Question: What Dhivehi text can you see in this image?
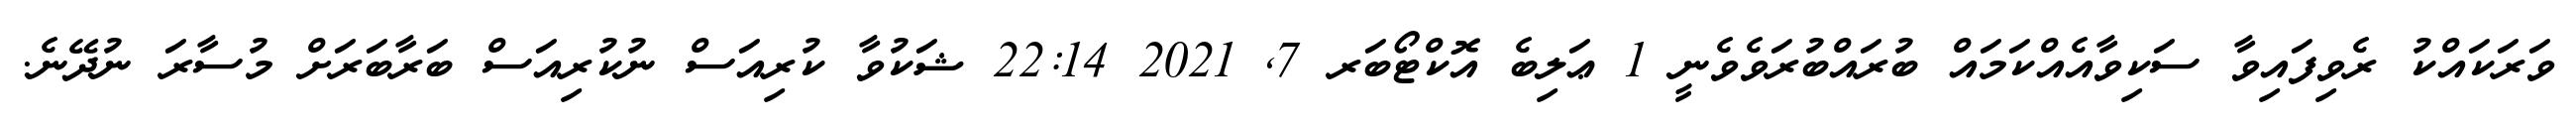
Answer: ވަރަކައްކު ރެވިފައިވާ ސަކިވާއެއްކަމައް ބުރައްބުރަވެވެނީ 1 ޢަލިބެ އޮކްޓޯބަރ 7, 2021 22:14 ޝަކުވާ ކުރިއަސް ނުކުރިއަސް ބަރާބަރަށް މުސާރަ ނުދޭނެ.